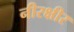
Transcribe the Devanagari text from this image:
नीरक्षीर